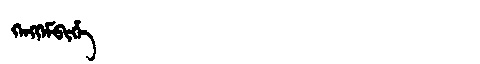
Manchu: ᡴᡝᠩᡴᡝᠮᠪᡳᡥᡝ
Romanization: KENGKEMBIHE